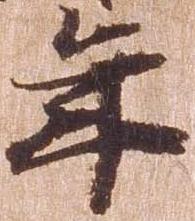
年